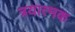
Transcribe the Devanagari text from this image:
त्रयात्मक